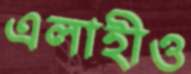
এলাহীও